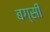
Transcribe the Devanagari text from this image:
बग्सी